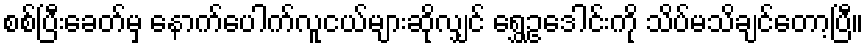
စစ်ပြီးခေတ်မှ နောက်ပေါက်လူငယ်များဆိုလျှင် ရွှေဥဒေါင်းကို သိပ်မသိချင်တော့ပြီ။